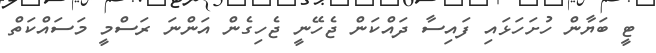
ޓީ ބަޔާން ހުށަހަޅައި ފައިސާ ދައްކަން ޖެހޭނީ ޖެހިގެން އަންނަ ރަސްމީ މަސައްކަތް